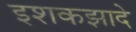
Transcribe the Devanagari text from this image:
इशकझादे